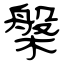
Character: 槃